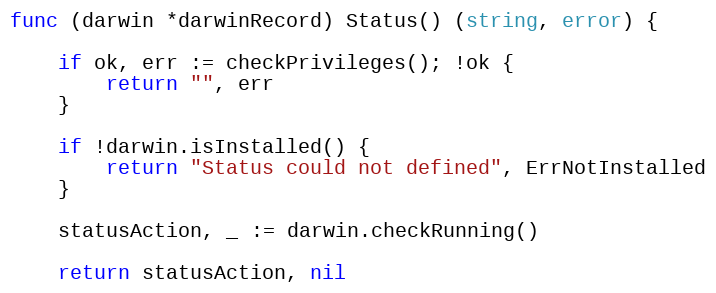
Language: Go
func (darwin *darwinRecord) Status() (string, error) {

	if ok, err := checkPrivileges(); !ok {
		return "", err
	}

	if !darwin.isInstalled() {
		return "Status could not defined", ErrNotInstalled
	}

	statusAction, _ := darwin.checkRunning()

	return statusAction, nil